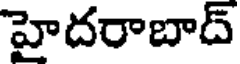
హైదరాబాద్